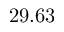
2 9 . 6 3